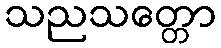
သညသတ္တော